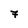
Character: 7